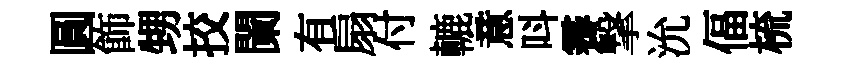
圓飾甥挍闌有扇付轆意呌霽撃沇偪梳